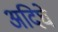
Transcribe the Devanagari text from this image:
अदिघे